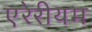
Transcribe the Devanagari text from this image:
एरेरीयम